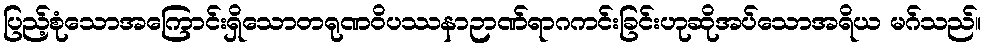
ပြည့်စုံသောအကြောင်းရှိသောတရုဏဝိပဿနာဉာဏ်ရာဂကင်းခြင်းဟုဆိုအပ်သောအရိယ မဂ်သည်။